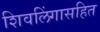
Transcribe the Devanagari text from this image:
शिवलिंगासहित